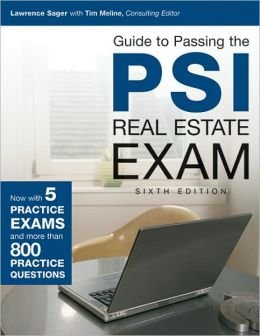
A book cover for Guide to Passing the PSI Real Estate Exam, 6th Edition Update; Consulting Editor Lawrence Sager with Ti; Business & Money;